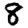
Digit: 8